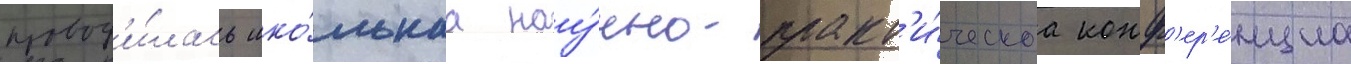
провод'и́лась шко́льнаа нау́чно-практ'и́ческаа конф'ер'е́нциа